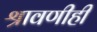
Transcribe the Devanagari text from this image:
श्रावणीही